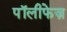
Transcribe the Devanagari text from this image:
पॉलीफेज़